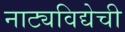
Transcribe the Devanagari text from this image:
नाट्यविद्येची